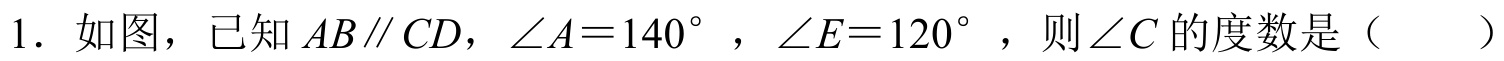
1. 如图，已知 \(AB\parallel CD\)，\(\angle A = 140^{\circ}\)，\(\angle E = 120^{\circ}\)，则\(\angle C\)的度数是（  ）